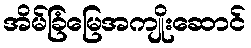
အိမ်ခြံမြေအကျိုးဆောင်